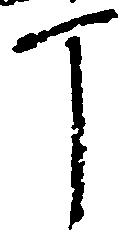
丁